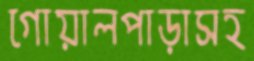
গোয়ালপাড়াসহ